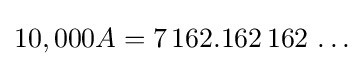
10,000A=7\,162.162\,162\,\ldots